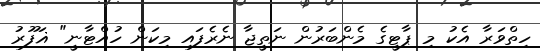
ހިތްވަރާ އެކު މި ޕާޓީގެ މެންބަރުން ނަތީޖާ ނެރެފައި މިކަން ހުއްޓާނީ" ޣަފޫރު